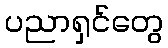
ပညာရှင်တွေ